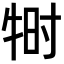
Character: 𬌠